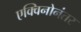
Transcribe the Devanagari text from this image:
एक्विनोनंतर